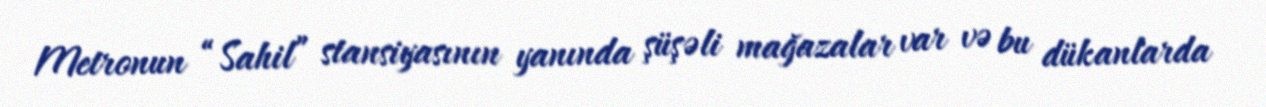
Metronun “Sahil” stansiyasının yanında şüşəli mağazalar var və bu dükanlarda